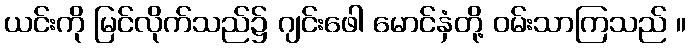
ယင်းကို မြင်လိုက်သည်၌ ဂျင်းဖေါ မောင်နှံတို့ ဝမ်းသာကြသည် ။